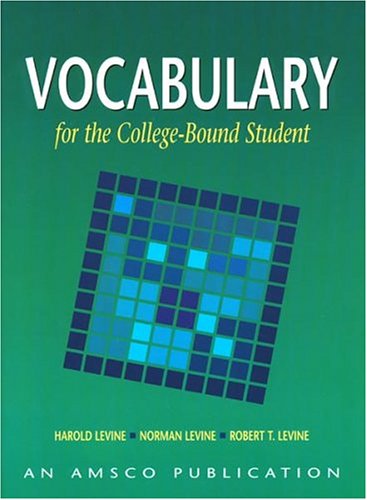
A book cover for Vocabulary for the College Bound Student; Harold Levine; Teen & Young Adult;